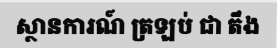
ស្ថានការណ៍ ត្រឡប់ ជា តឹង